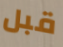
قبل